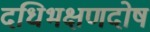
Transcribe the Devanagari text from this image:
दधिभक्षणदोष